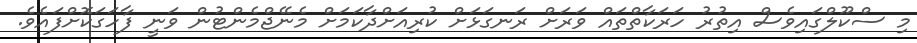
މި ސްކޫލްގައިވެސް އިތުރު ހަރަކާތްތައް ވަރަށް ރަނގަޅަށް ކުރިއަށްދާކަމަށް މެނޭޖްމެންޓުން ވަނީ ފާހަގަކޮށްފައެވެ.